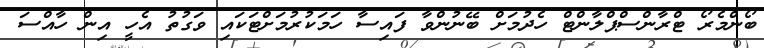
ބޯންމެރޯ ޓްރާންސްޕްލާންޓް ހެދުމަށް ބޭނުންވާ ފައިސާ ހަމަކުރުމަށްޓަކައި ވަގުތު އެހީ އިން ހާއްސަ